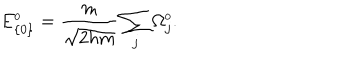
LaTeX: E _ { \{ 0 \} } ^ { \scriptscriptstyle 0 } = \frac { m } { \sqrt { 2 h m } } \sum _ { j } \Omega _ { j } ^ { \scriptscriptstyle 0 } .